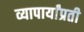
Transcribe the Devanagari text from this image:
व्यापार्यांप्रती